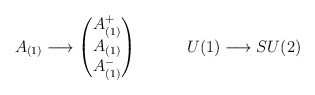
\begin{align*}A_{(1)} \longrightarrow \begin{pmatrix} A^+_{(1)} \\ A_{(1)} \\A^-_{(1)}\end{pmatrix} \qquad \quad U(1) \longrightarrow SU(2)\end{align*}